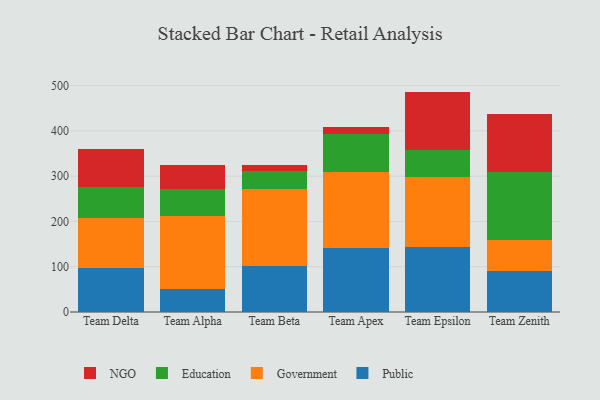
{"axis": {"x": "Team", "y": "Gross Profit (USD K)"}, "legend": ["Education", "Government", "NGO", "Public"], "data": [{"x": "Team Delta", "y": 96.9, "type": "Public"}, {"x": "Team Delta", "y": 111.4, "type": "Government"}, {"x": "Team Delta", "y": 68.5, "type": "Education"}, {"x": "Team Delta", "y": 83.0, "type": "NGO"}, {"x": "Team Alpha", "y": 51.0, "type": "Public"}, {"x": "Team Alpha", "y": 160.3, "type": "Government"}, {"x": "Team Alpha", "y": 61.0, "type": "Education"}, {"x": "Team Alpha", "y": 52.0, "type": "NGO"}, {"x": "Team Beta", "y": 102.4, "type": "Public"}, {"x": "Team Beta", "y": 169.6, "type": "Government"}, {"x": "Team Beta", "y": 38.4, "type": "Education"}, {"x": "Team Beta", "y": 14.8, "type": "NGO"}, {"x": "Team Apex", "y": 140.5, "type": "Public"}, {"x": "Team Apex", "y": 169.2, "type": "Government"}, {"x": "Team Apex", "y": 83.8, "type": "Education"}, {"x": "Team Apex", "y": 14.0, "type": "NGO"}, {"x": "Team Epsilon", "y": 143.5, "type": "Public"}, {"x": "Team Epsilon", "y": 154.4, "type": "Government"}, {"x": "Team Epsilon", "y": 59.9, "type": "Education"}, {"x": "Team Epsilon", "y": 128.9, "type": "NGO"}, {"x": "Team Zenith", "y": 90.9, "type": "Public"}, {"x": "Team Zenith", "y": 69.1, "type": "Government"}, {"x": "Team Zenith", "y": 149.8, "type": "Education"}, {"x": "Team Zenith", "y": 127.3, "type": "NGO"}]}